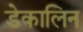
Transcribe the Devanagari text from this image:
डेकालिन